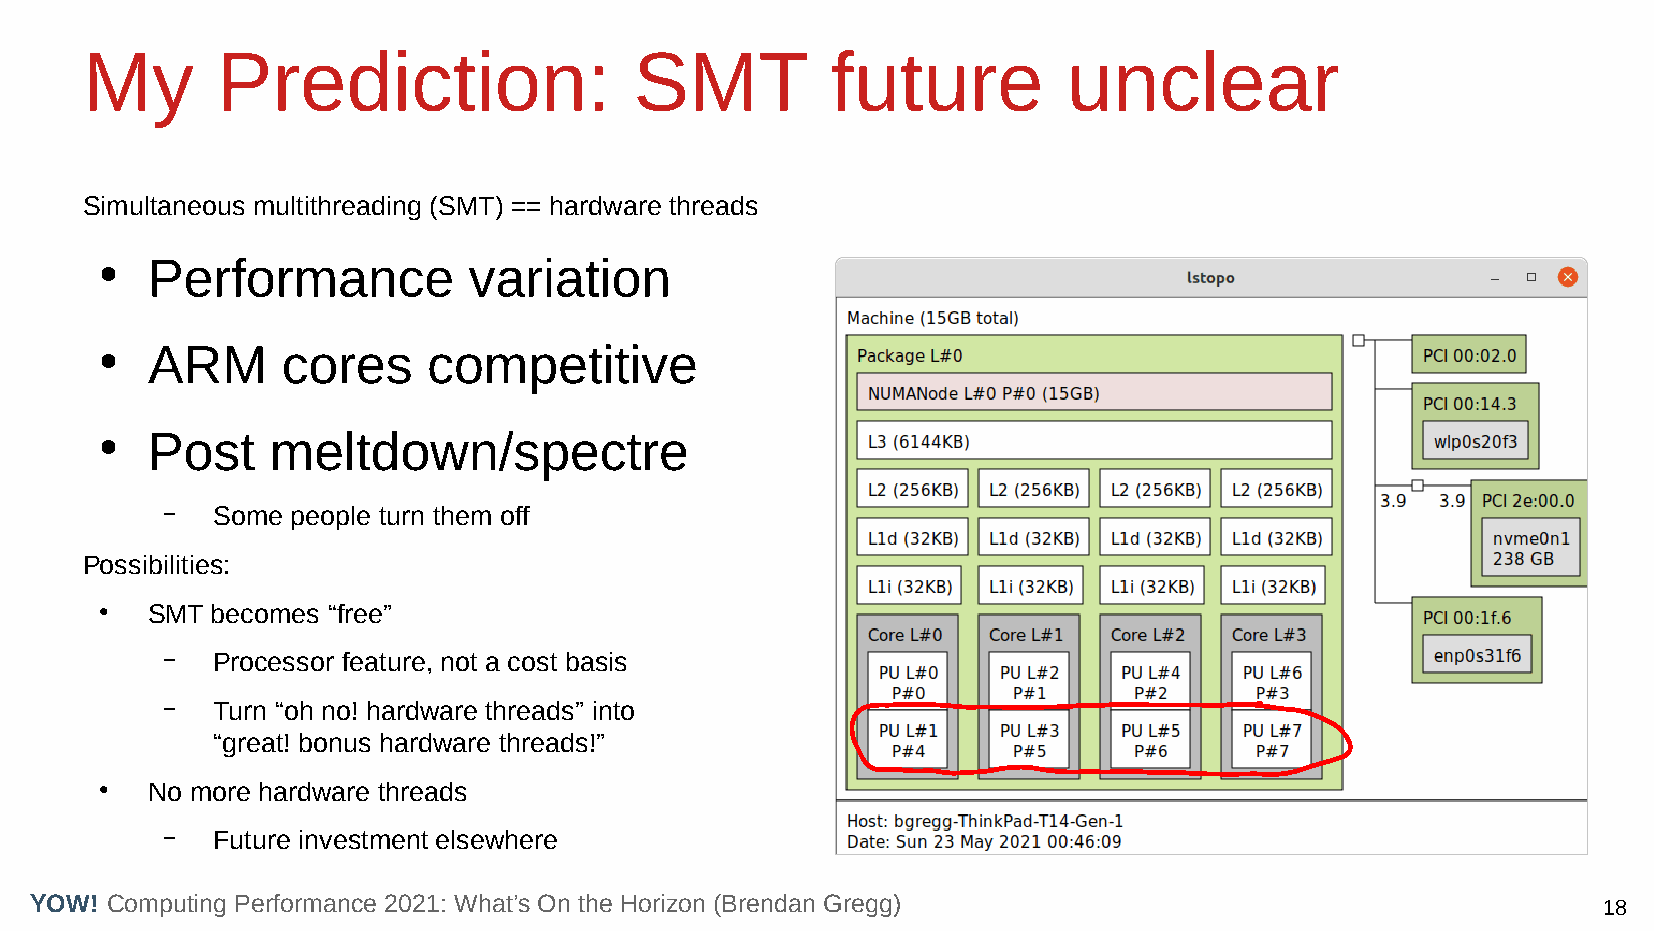
My       Prediction:                 SMT          future          unclear
 Simultaneous multithreading (SMT) == hardware threads
 Performance          variation
 ●
 ARM      cores    competitive
 ●
 Post    meltdown/spectre
 ●
 –  Some people turn them off
 Possibilities:
 ●  SMT becomes “free”
 –  Processor feature, not a cost basis
 –  Turn “oh no! hardware threads” into
 “great! bonus hardware threads!”
 ●  No more hardware threads
 –  Future investment elsewhere
 YOW! Computing Performance 2021: What’s On the Horizon (Brendan Gregg)                                  18